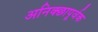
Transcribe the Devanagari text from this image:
अनिक्छापूर्वक